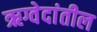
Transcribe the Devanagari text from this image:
ऋग्वेदांतील